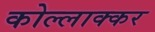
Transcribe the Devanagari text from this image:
कोल्लाक्कर